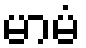
မာမံ